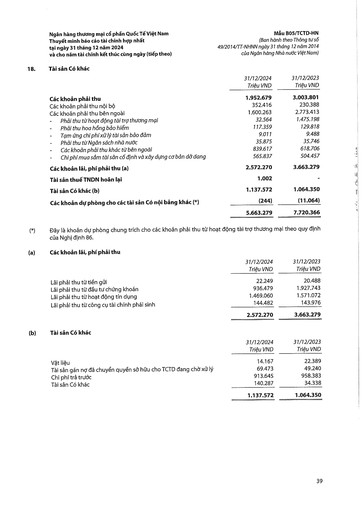
||31/12/2024 Triệu VND|31/12/2023 Triệu VND| |---|---|---| |Các khoản phải thu|1.952.679|3.003.801| |Các khoản phải thu nội bộ|352.416|230.388| |Các khoản phải thu bên ngoài|1.600.263|2.773.413| |- Phải thu từ hoạt động tài trợ thương mại|32.564|1.475.198| |- Phải thu hoa hồng bảo hiểm|117.359|129.818| |- Tạm ứng chi phí xử lý tài sản bảo đảm|9.011|9.488| |- Phải thu từ Ngân sách nhà nước|35.875|35.746| |- Các khoản phải thu khác từ bên ngoài|839.617|618.706| |- Chi phí mua sắm tài sản cố định và xây dựng cơ bản dở dang|565.837|504.457| |Các khoản lãi, phí phải thu (a)|2.572.270|3.663.279| |Tài sản thuế TNDN hoãn lại|1.002|-| |Tài sản Có khác (b)|1.137.572|1.064.350| |Các khoản dự phòng cho các tài sản Có nội bảng khác (*)|(244)|(11.064)| ||5.663.279|7.720.366| ||31/12/2024 Triệu VND|31/12/2023 Triệu VND| |---|---|---| |Lãi phải thu từ tiền gửi|22.249|20.488| |Lãi phải thu từ đầu tư chứng khoán|936.479|1.927.743| |Lãi phải thu từ hoạt động tín dụng|1.469.060|1.571.072| |Lãi phải thu từ công cụ tài chính phái sinh|144.482|143.976| ||2.572.270|3.663.279| ||31/12/2024 Triệu VND|31/12/2023 Triệu VND| |---|---|---| |Vật liệu|14.167|22.389| |Tài sản gán nợ đã chuyển quyền sở hữu cho TCTD đang chờ xử lý|69.473|49.240| |Chi phí trả trước|913.645|958.383| |Tài sản Có khác|140.287|34.338| ||1.137.572|1.064.350|